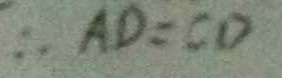
\therefore A D = C D